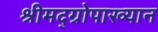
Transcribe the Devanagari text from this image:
श्रीमद्‌ग्रोपाख्यान